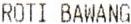
ROTI BAWANG